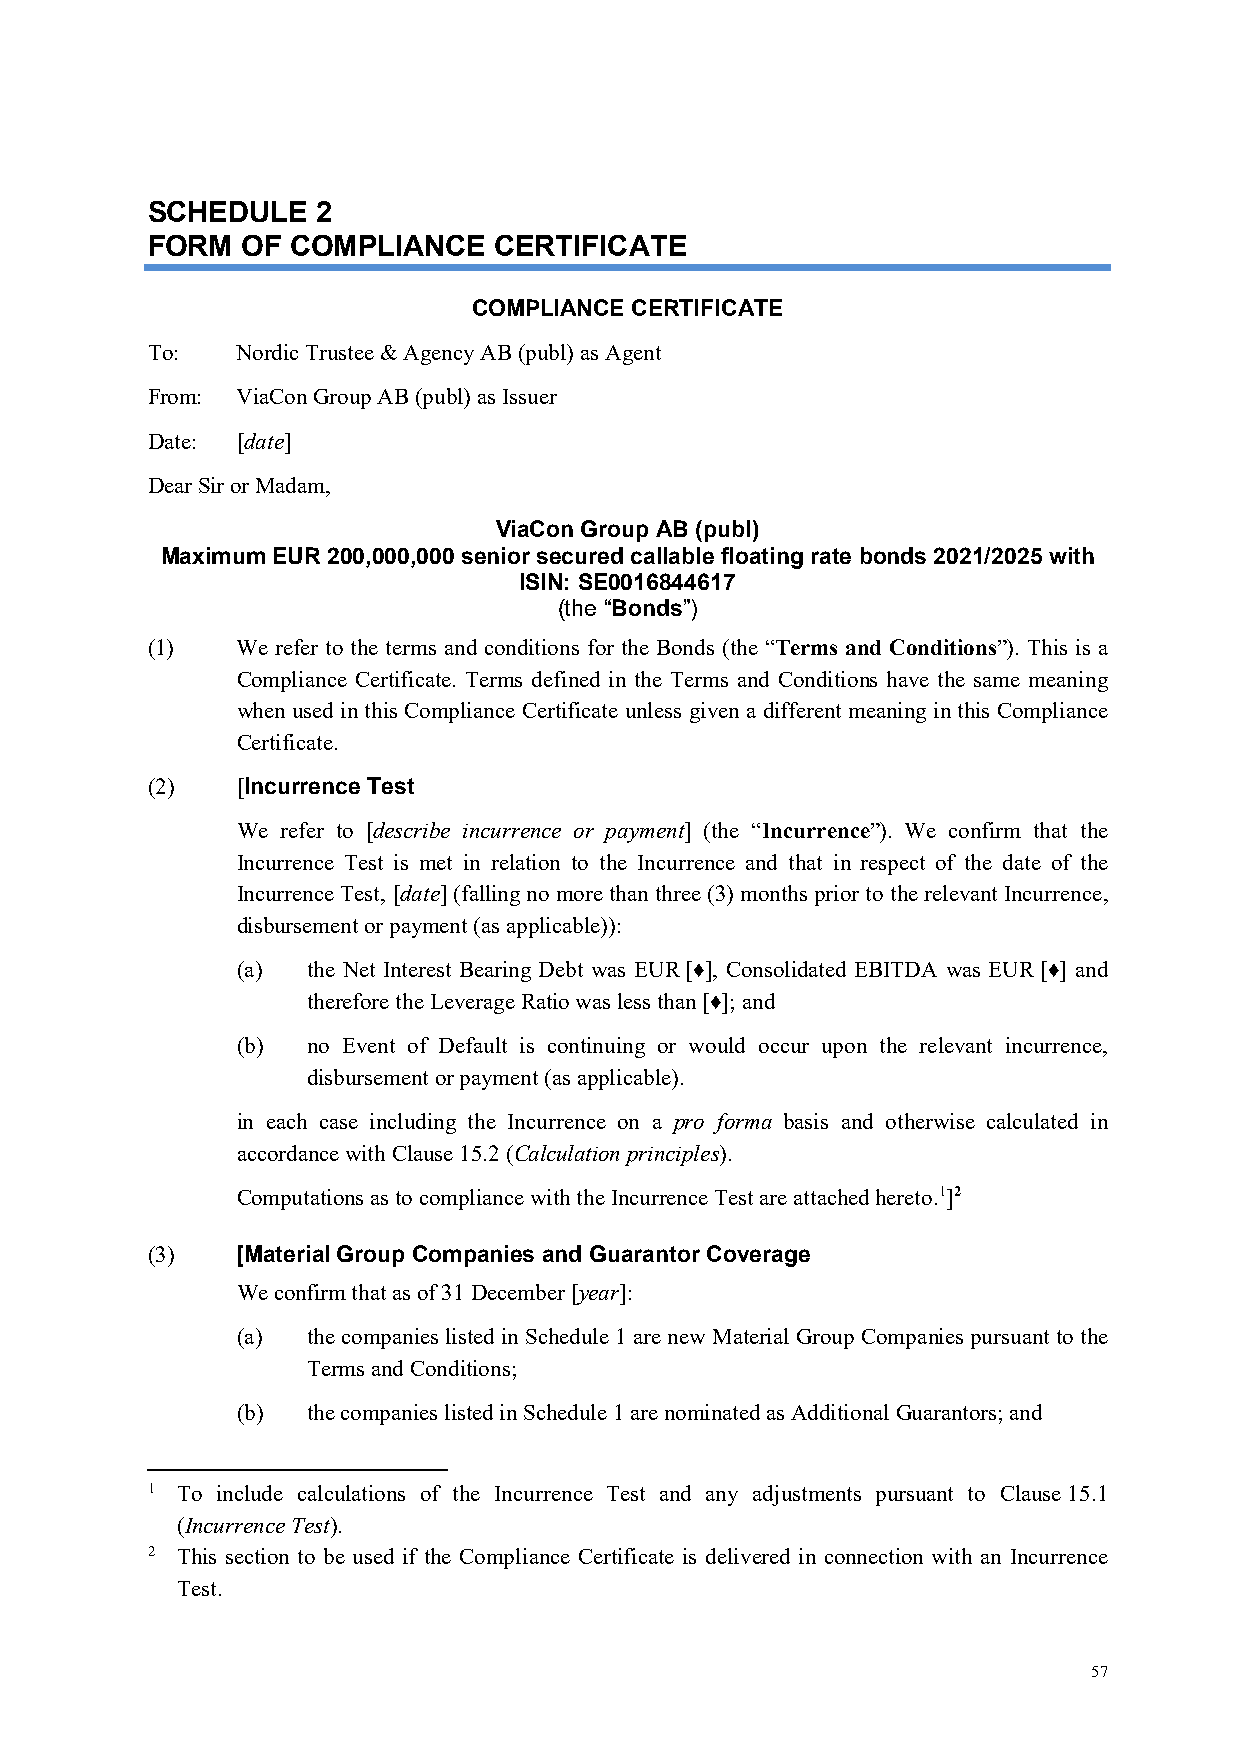
SCHEDULE   2
 FORM  OF COMPLIANCE    CERTIFICATE
 COMPLIANCE CERTIFICATE
 To:   Nordic Trustee & Agency AB (publ) as Agent
 From: ViaCon Group AB (publ) as Issuer
 Date: [date]
 Dear Sir or Madam,
 ViaCon Group AB (publ)
 Maximum EUR 200,000,000 senior secured callable floating rate bonds 2021/2025 with
 ISIN: SE0016844617
 (the “Bonds”)
 (1)   We refer to the terms and conditions for the Bonds (the “Terms and Conditions”). This is a
 Compliance Certificate. Terms defined in the Terms and Conditions have the same meaning
 when used in this Compliance Certificate unless given a different meaning in this Compliance
 Certificate.
 (2)   [Incurrence Test
 We refer to [describe incurrence or payment] (the “Incurrence”). We confirm that the
 Incurrence Test is met in relation to the Incurrence and that in respect of the date of the
 Incurrence Test, [date] (falling no more than three (3) months prior to the relevant Incurrence,
 disbursement or payment (as applicable)):
 (a) the Net Interest Bearing Debt was EUR [♦], Consolidated EBITDA was EUR [♦] and
 therefore the Leverage Ratio was less than [♦]; and
 (b) no Event of Default is continuing or would occur upon the relevant incurrence,
 disbursement or payment (as applicable).
 in each case including the Incurrence on a pro forma basis and otherwise calculated in
 accordance with Clause 15.2 (Calculation principles).
 Computations as to compliance with the Incurrence Test are attached hereto.1]2
 (3)   [Material Group Companies and Guarantor Coverage
 We confirm that as of 31 December [year]:
 (a) the companies listed in Schedule 1 are new Material Group Companies pursuant to the
 Terms and Conditions;
 (b) the companies listed in Schedule 1 are nominated as Additional Guarantors; and
 1 To include calculations of the Incurrence Test and any adjustments pursuant to Clause 15.1
 (Incurrence Test).
 2 This section to be used if the Compliance Certificate is delivered in connection with an Incurrence
 Test.
 57